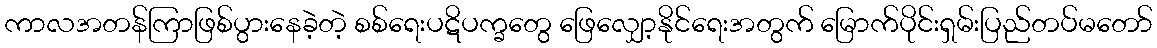
ကာလအတန်ကြာဖြစ်ပွားနေခဲ့တဲ့ စစ်ရေးပဋိပက္ခတွေ ဖြေလျှော့နိုင်ရေးအတွက် မြောက်ပိုင်းရှမ်းပြည်တပ်မတော်